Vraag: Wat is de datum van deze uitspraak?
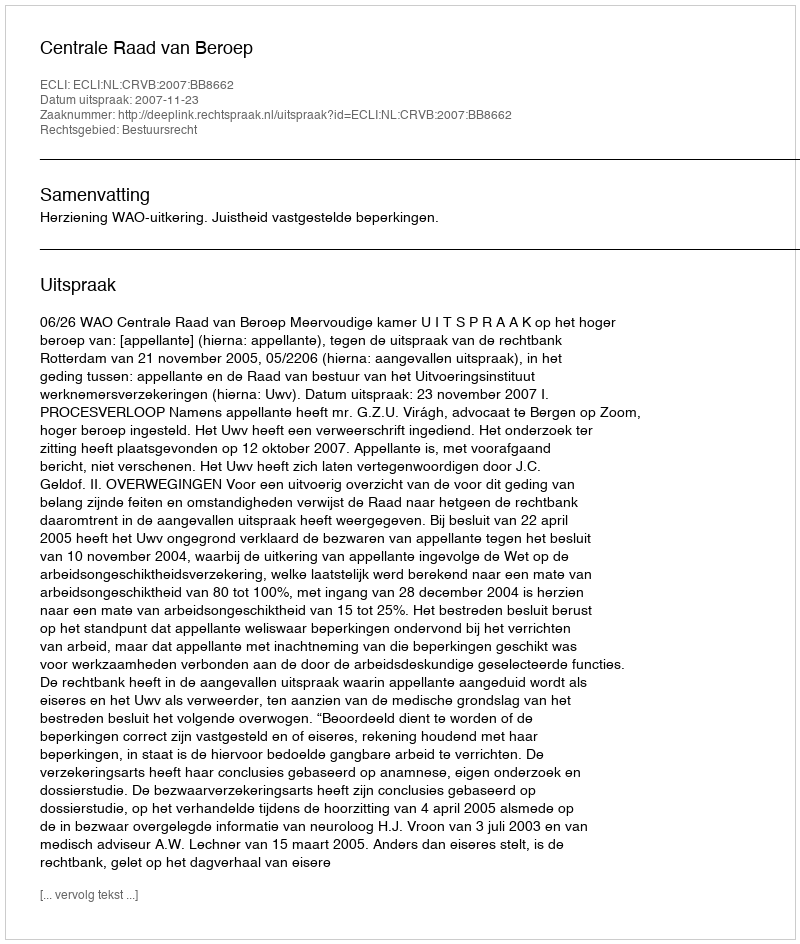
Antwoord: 2007-11-23